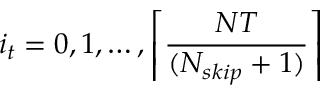
i _ { t } = 0 , 1 , \ldots , \left\lceil \frac { N T } { ( N _ { s k i p } + 1 ) } \right\rceil